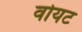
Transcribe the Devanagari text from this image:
वोयट